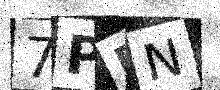
Text: 7PPN